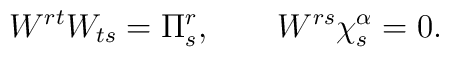
W^{rt} W_{ts} = \Pi^r_s , \qquad W^{rs} \chi^\alpha_s = 0 .